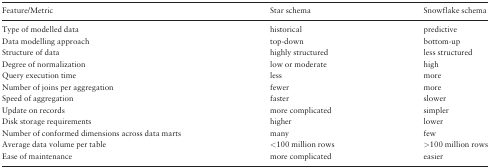
<table><thead><tr><td><b>Feature/Metric</b></td><td><b>Star schema</b></td><td><b>Snowflake schema</b></td></tr></thead><tbody><tr><td>Type of modelled data</td><td>historical</td><td>predictive</td></tr><tr><td>Data modelling approach</td><td>top-down</td><td>bottom-up</td></tr><tr><td>Structure of data</td><td>highly structured</td><td>less structured</td></tr><tr><td>Degree of normalization</td><td>low or moderate</td><td>high</td></tr><tr><td>Query execution time</td><td>less</td><td>more</td></tr><tr><td>Number of joins per aggregation</td><td>fewer</td><td>more</td></tr><tr><td>Speed of aggregation</td><td>faster</td><td>slower</td></tr><tr><td>Update on records</td><td>more complicated</td><td>simpler</td></tr><tr><td>Disk storage requirements</td><td>higher</td><td>lower</td></tr><tr><td>Number of conformed dimensions across data marts</td><td>many</td><td>few</td></tr><tr><td>Average data volume per table</td><td>&lt;100 million rows</td><td>&gt;100 million rows</td></tr><tr><td>Ease of maintenance</td><td>more complicated</td><td>easier</td></tr></tbody></table>